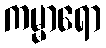
ကမ္မာရော